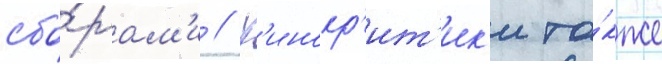
сбо́рам'и // К'инокр'ит'ик'и та́кже